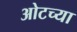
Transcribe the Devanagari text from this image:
ओटच्या